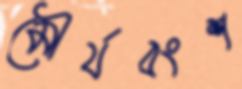
মৌর্যবংশ